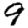
Digit: 9